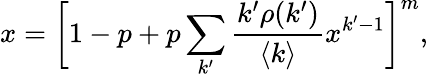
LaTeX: x=\bigg[1-p+p\sum_{k^{\prime}}\frac{k^{\prime}\rho(k^{\prime})}{\langle k\rangle}x^{k^{\prime}-1}\bigg]^{m},